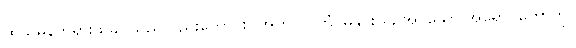
ထိုသုမနဘုရားသခင်သည်လည်းကောင်း။ အတုလပ္ပဘံ၊ မနှိုင်းယှဉ်အပ်သော အရောင်တော်ကို။